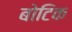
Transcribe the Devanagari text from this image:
बोटिक